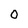
Character: O